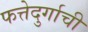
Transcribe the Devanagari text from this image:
फत्तेदुर्गाची